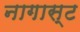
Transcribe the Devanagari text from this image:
नागास्ट